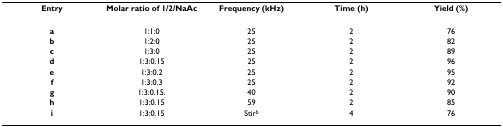
| Entry | Molar ratio of 1/2/NaAc | Frequency (kHz) | Time (h) | Yield (%) |
 | --- | --- | --- | --- | --- |
 | a | 1:1:0 | 25 | 2 | 76 |
 | b | 1:2:0 | 25 | 2 | 82 |
 | c | 1:3:0 | 25 | 2 | 89 |
 | d | 1:3:0.15 | 25 | 2 | 96 |
 | e | 1:3:0.2 | 25 | 2 | 95 |
 | f | 1:3:0.3 | 25 | 2 | 92 |
 | g | 1:3:0.15. | 40 | 2 | 90 |
 | h | 1:3:0.15 | 59 | 2 | 85 |
 | i | 1:3:0.15 | Stirb | 4 | 76 |